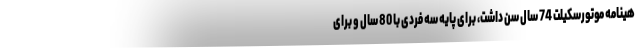
هینامه موتورسکیلت 74 سال سن داشت، برای پایه سه فردی با 80 سال و برای